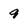
Character: 9